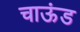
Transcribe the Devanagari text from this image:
चाऊंड